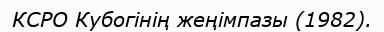
КСРО Кубогінің жеңімпазы (1982).